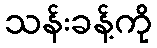
သန်းခန့်ကို